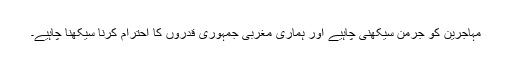
مہاجرین کو جرمن سیکھنی چاہیے اور ہماری مغربی جمہوری قدروں کا احترام کرنا سیکھنا چاہیے۔